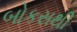
બોકસથી